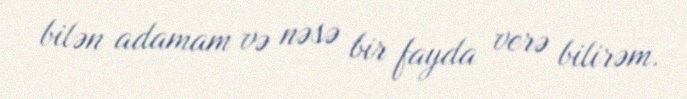
bilən adamam və nəsə bir fayda verə bilirəm.